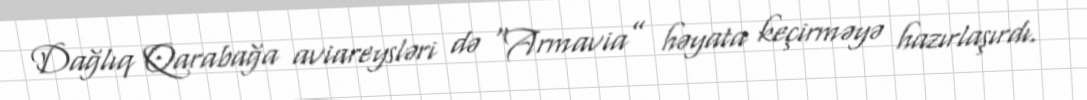
Dağlıq Qarabağa aviareysləri də “Armavia” həyata keçirməyə hazırlaşırdı.